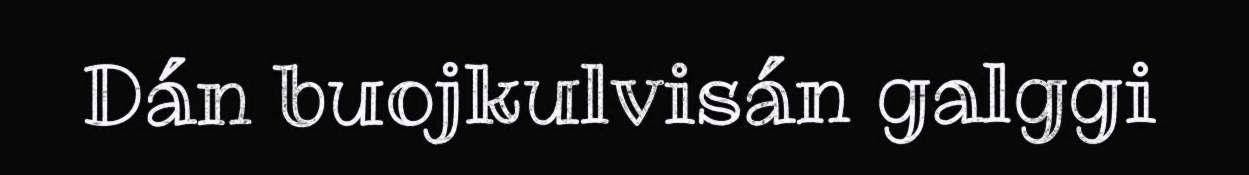
Dán buojkulvisán galggi